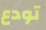
تودع